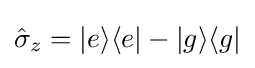
{\hat {\sigma }}_{z}=|e\rangle \langle e|-|g\rangle \langle g|